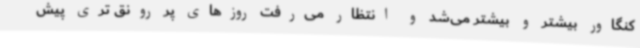
کنگاور بیشتر و بیشتر می‌شد و انتظار می‌رفت روزهای پر رونق تری پیش